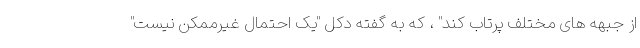
از جبهه های مختلف پرتاب کند" ، که به گفته دکل "یک احتمال غیرممکن نیست"